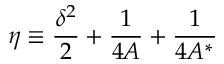
\eta \equiv \frac { \delta ^ { 2 } } { 2 } + \frac { 1 } { 4 A } + \frac { 1 } { 4 A ^ { * } }